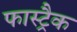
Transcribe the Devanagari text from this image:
फास्ट्रैक